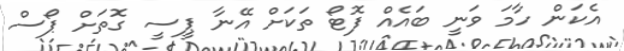
އެކަން ހާމަ ވަނީ ބައެއް ފޮޓޯ ތަކަށް އޭނާ ޕީސީ ގޮތަށް ޕޯސް